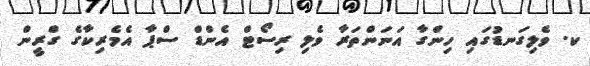
ކ. ވެލިގަނޑުގައި ހިންގާ އަނަންތަރާ ވެލި ރިސޯޓް އެންޑް ސްޕާ އެމެރިކާގެ ގްރީން